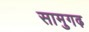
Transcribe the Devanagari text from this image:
सामुगढ़